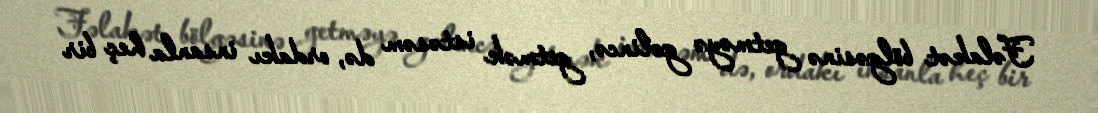
Fəlakət bölgəsinə getməyə gəlincə, getmək istəsəm də, ordakı insanla heç bir